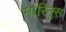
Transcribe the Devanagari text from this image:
मारिनुस